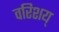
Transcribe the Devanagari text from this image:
वरिशय्